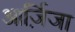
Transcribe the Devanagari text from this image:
आर्ज़िजा